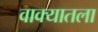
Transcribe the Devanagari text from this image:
वाक्यातला